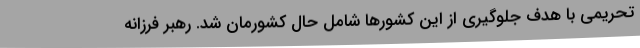
تحریمی با هدف جلوگیری از این کشورها شامل حال کشورمان شد. رهبر فرزانه